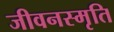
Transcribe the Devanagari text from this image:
जीवनस्मृति